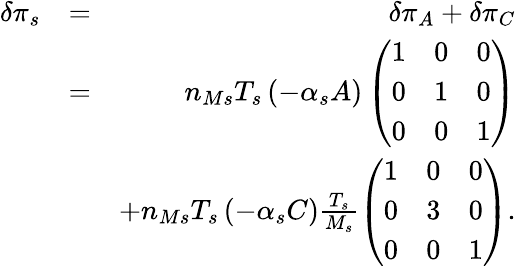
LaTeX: \begin{array}{rlr}{\delta\pi_{s}}&{=}&{\delta\pi_{A}+\delta\pi_{C}}\\ &{=}&{n_{Ms}T_{s}\left(-\alpha_{s}A\right)\left(\begin{array}{ccc}{1}&{0}&{0}\\ {0}&{1}&{0}\\ {0}&{0}&{1}\end{array}\right)}\\ &{}&{+n_{Ms}T_{s}\left(-\alpha_{s}C\right)\frac{T_{s}}{M_{s}}\left(\begin{array}{ccc}{1}&{0}&{0}\\ {0}&{3}&{0}\\ {0}&{0}&{1}\end{array}\right).}\end{array}